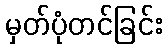
မှတ်ပုံတင်ခြင်း